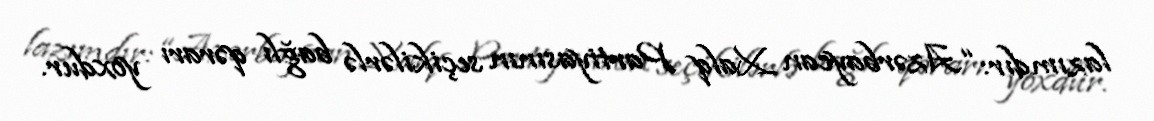
lazımdır: “Azərbaycan Xalq Partiyasının seçikilərlə bağlı qərarı yoxdur.